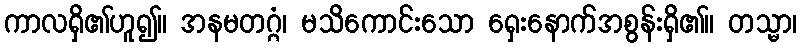
ကာလရှိ၏ဟူ၍။ အနမတဂ္ဂံ၊ မသိကောင်းသော ရှေးနောက်အစွန်းရှိ၏။ တသ္မာ၊